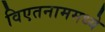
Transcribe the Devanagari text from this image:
विएतनाममध्ये